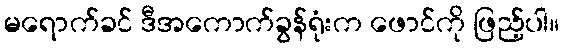
မရောက်ခင် ဒီအကောက်ခွန်ရုံးက ဖောင်ကို ဖြည့်ပါ။